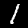
Digit: 1